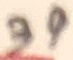
Text: 39